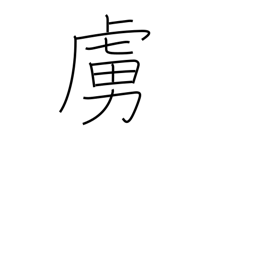
Meaning: low epithet for the enemy